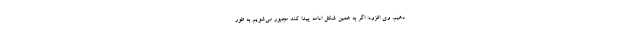
دهیم. وی افزود: اگر به همین شکل ادامه پیدا کند مجبور می‌شویم به طور